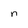
Character: n